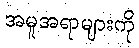
အမူအရာများကို